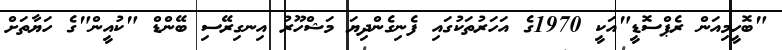
"ބޮހީމިއަން ރެޕްސޮޑީ"އަކީ 1970ގެ އަހަރުތަކުގައި ފެނިގެންދިޔަ މަޝްހޫރު އިނގިރޭސި ބޭންޑް "ކުއީން"ގެ ހަޔާތަށް